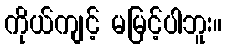
ကိုယ်ကျင့် မမြင့်ပါဘူး။